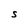
Character: s